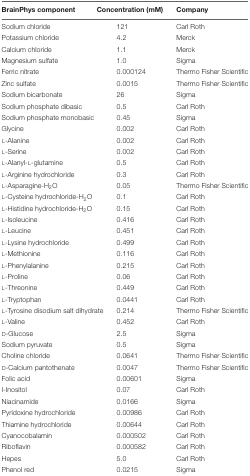
| BrainPhys component | Concentration (mM) | Company |
 | --- | --- | --- |
 | Sodium chloride | 121 | Carl Roth |
 | Potassium chloride | 4.2 | Merck |
 | Calcium chloride | 1.1 | Merck |
 | Magnesium sulfate | 1.0 | Sigma |
 | Ferric nitrate | 0.000124 | Thermo Fisher Scientific |
 | Zinc sulfate | 0.0015 | Thermo Fisher Scientific |
 | Sodium bicarbonate | 26 | Sigma |
 | Sodium phosphate dibasic | 0.5 | Carl Roth |
 | Sodium phosphate monobasic | 0.45 | Sigma |
 | Glycine | 0.002 | Carl Roth |
 | L-Alanine | 0.002 | Carl Roth |
 | L-Serine | 0.002 | Carl Roth |
 | L-Alanyl-L-glutamine | 0.5 | Carl Roth |
 | L-Arginine hydrochloride | 0.3 | Carl Roth |
 | L-Asparagine-H2O | 0.05 | Thermo Fisher Scientific |
 | L-Cysteine hydrochloride-H2O | 0.1 | Carl Roth |
 | L-Histidine hydrochloride-H2O | 0.15 | Carl Roth |
 | L-Isoleucine | 0.416 | Carl Roth |
 | L-Leucine | 0.451 | Carl Roth |
 | L-Lysine hydrochloride | 0.499 | Carl Roth |
 | L-Methionine | 0.116 | Carl Roth |
 | L-Phenylalanine | 0.215 | Carl Roth |
 | L-Proline | 0.06 | Carl Roth |
 | L-Threonine | 0.449 | Carl Roth |
 | L-Tryptophan | 0.0441 | Carl Roth |
 | L-Tyrosine disodium salt dihydrate | 0.214 | Thermo Fisher Scientific |
 | L-Valine | 0.452 | Carl Roth |
 | D-Glucose | 2.5 | Sigma |
 | Sodium pyruvate | 0.5 | Sigma |
 | Choline chloride | 0.0641 | Thermo Fisher Scientific |
 | D-Calcium pantothenate | 0.0047 | Thermo Fisher Scientific |
 | Folic acid | 0.00601 | Sigma |
 | I-Inositol | 0.07 | Carl Roth |
 | Niacinamide | 0.0166 | Sigma |
 | Pyridoxine hydrochloride | 0.00986 | Carl Roth |
 | Thiamine hydrochloride | 0.00644 | Carl Roth |
 | Cyanocobalamin | 0.000502 | Carl Roth |
 | Riboflavin | 0.000582 | Carl Roth |
 | Hepes | 5.0 | Carl Roth |
 | Phenol red | 0.0215 | Sigma |